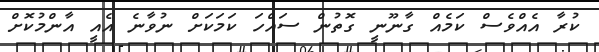
ކުރާ އެއްވެސް ކަމެއް ގާނޫނީ ގޮތުން ސައްހަ ކަމަކަށް ނުވާނެ އެއީ އާންމުކޮށް